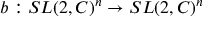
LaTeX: b : S L ( 2 , C ) ^ { n } \rightarrow S L ( 2 , C ) ^ { n }